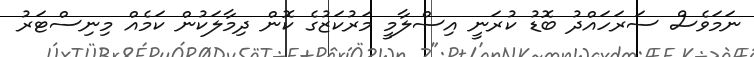
ނަމަވެސް ސަރަހައްދު ބޮޑު ކުރަނީ އިސްލާމީ މަރުކަޒުގެ ކޮން ދިމާލަކުން ކަމެއްް މިނިސްޓަރު